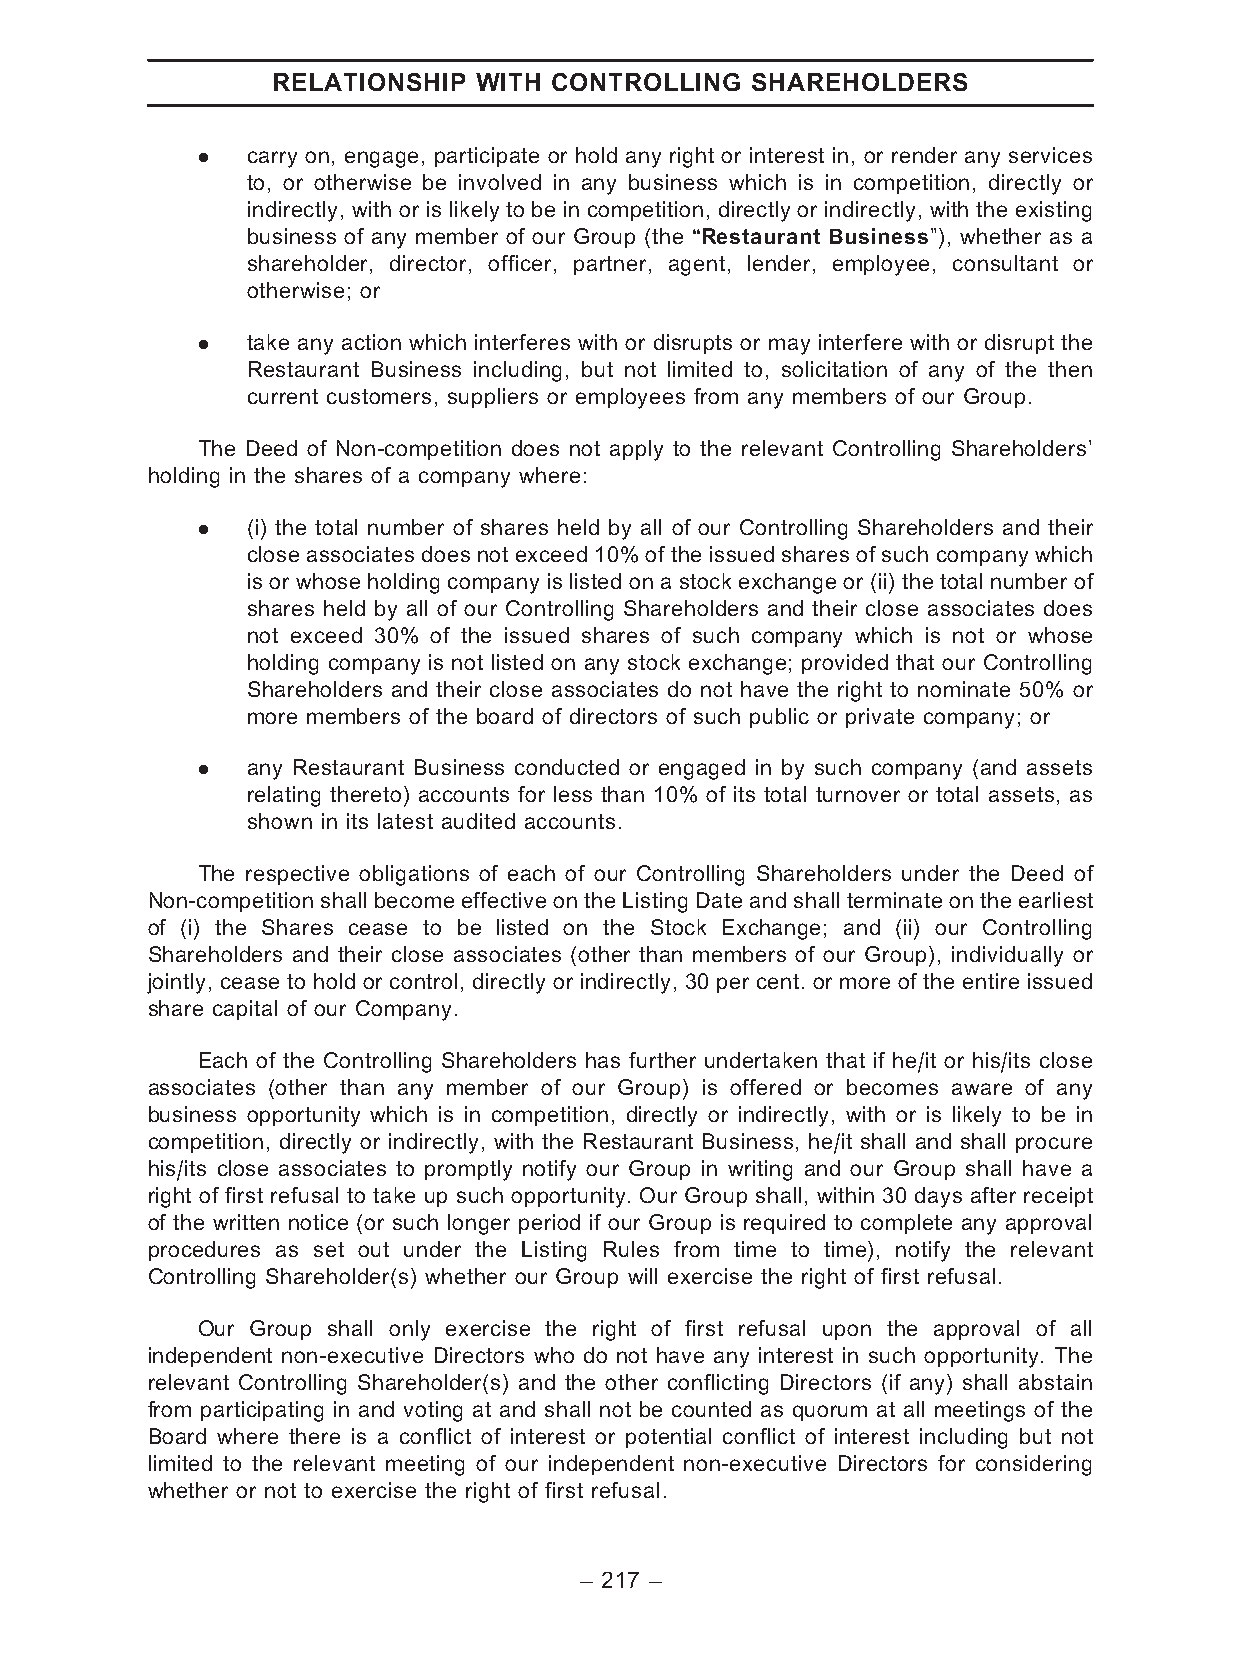
RELATIONSHIP WITH CONTROLLING   SHAREHOLDERS
 .  carry on, engage, participate or hold any right or interest in, or render any services
 to, or otherwise be involved in any business which is in competition, directly or
 indirectly, with or is likely to be in competition, directly or indirectly, with the existing
 business of any member of our Group (the ‘‘Restaurant Business’’), whether as a
 shareholder, director, officer, partner, agent, lender, employee, consultant or
 otherwise; or
 .  take any action which interferes with or disrupts or may interfere with or disrupt the
 Restaurant Business including, but not limited to, solicitation of any of the then
 current customers, suppliers or employees from any members of our Group.
 The Deed of Non-competition does not apply to the relevant Controlling Shareholders’
 holding in the shares of a company where:
 .  (i) the total number of shares held by all of our Controlling Shareholders and their
 close associates does not exceed 10% of the issued shares of such company which
 is or whose holding company is listed on a stock exchange or (ii) the total number of
 shares held by all of our Controlling Shareholders and their close associates does
 not exceed 30% of the issued shares of such company which is not or whose
 holding company is not listed on any stock exchange; provided that our Controlling
 Shareholders and their close associates do not have the right to nominate 50% or
 more members of the board of directors of such public or private company; or
 .  any Restaurant Business conducted or engaged in by such company (and assets
 relating thereto) accounts for less than 10% of its total turnover or total assets, as
 shown in its latest audited accounts.
 The respective obligations of each of our Controlling Shareholders under the Deed of
 Non-competition shall become effective on the Listing Date and shall terminate on the earliest
 of (i) the Shares cease to be listed on the Stock Exchange; and (ii) our Controlling
 Shareholders and their close associates (other than members of our Group), individually or
 jointly, cease to hold or control, directly or indirectly, 30 per cent. or more of the entire issued
 share capital of our Company.
 Each of the Controlling Shareholders has further undertaken that if he/it or his/its close
 associates (other than any member of our Group) is offered or becomes aware of any
 business opportunity which is in competition, directly or indirectly, with or is likely to be in
 competition, directly or indirectly, with the Restaurant Business, he/it shall and shall procure
 his/its close associates to promptly notify our Group in writing and our Group shall have a
 right of first refusal to take up such opportunity. Our Group shall, within 30 days after receipt
 of the written notice (or such longer period if our Group is required to complete any approval
 procedures as set out under the Listing Rules from time to time), notify the relevant
 Controlling Shareholder(s) whether our Group will exercise the right of first refusal.
 Our Group shall only exercise the right of first refusal upon the approval of all
 independent non-executive Directors who do not have any interest in such opportunity. The
 relevant Controlling Shareholder(s) and the other conflicting Directors (if any) shall abstain
 from participating in and voting at and shall not be counted as quorum at all meetings of the
 Board where there is a conflict of interest or potential conflict of interest including but not
 limited to the relevant meeting of our independent non-executive Directors for considering
 whether or not to exercise the right of first refusal.
 – 217 –